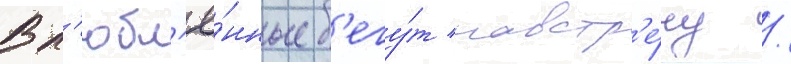
Вл'юбл'ё́нные б'егу́т навстр'е́чу /